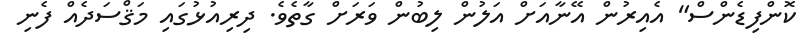
ކޮންފިޑެންސް" އެއިރުން އޭނާއަށް އަލުން ލިބުން ވަރަށް ގާތެވެ. ދިރިއުޅުގައި މަޤްސަދެއް ފެނި